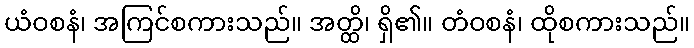
ယံဝစနံ၊ အကြင်စကားသည်။ အတ္ထိ၊ ရှိ၏။ တံဝစနံ၊ ထိုစကားသည်။